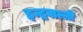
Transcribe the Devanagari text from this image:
इन्द्रवाल्ली